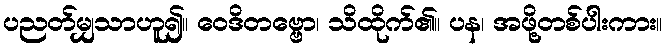
ပညတ်မျှသာဟူ၍။ ဝေဒိတဗ္ဗော၊ သိထိုက်၏။ ပန၊ အဖို့တစ်ပါးကား။